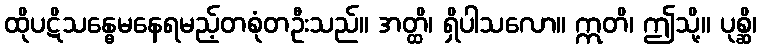
ထိုပဋိသန္ဓေမနေရမည့်တစုံတဦးသည်။ အတ္ထိ၊ ရှိပါသလော။ ဣတိ၊ ဤသို့။ ပုစ္ဆိ၊